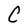
Character: C